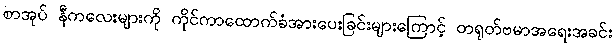
စာအုပ် နီကလေးများကို ကိုင်ကာထောက်ခံအားပေးခြင်းများကြောင့် တရုတ်ဗမာအရေးအခင်း